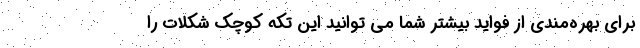
برای بهره‌مندی از فواید بیشتر شما می توانید این تکه کوچک شکلات را